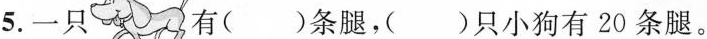
5.一只有（）条腿，（）只小狗有20条腿。